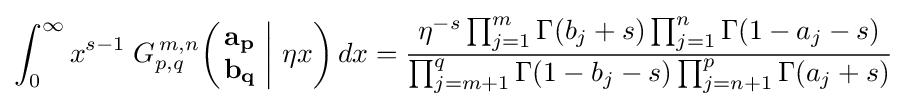
\int _{0}^{\infty }x^{s-1}\;G_{p,q}^{\,m,n}\!\left(\left.{\begin{matrix}\mathbf {a_{p}} \\\mathbf {b_{q}} \end{matrix}}\;\right|\,\eta x\right)dx={\frac {\eta ^{-s}\prod _{j=1}^{m}\Gamma (b_{j}+s)\prod _{j=1}^{n}\Gamma (1-a_{j}-s)}{\prod _{j=m+1}^{q}\Gamma (1-b_{j}-s)\prod _{j=n+1}^{p}\Gamma (a_{j}+s)}}